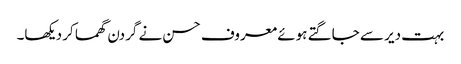
بہت دیر سے جاگتے ہوئے معروف حسن نے گردن گھما کر دیکھا۔